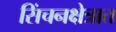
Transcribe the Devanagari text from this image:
सिंचनक्षेत्रात